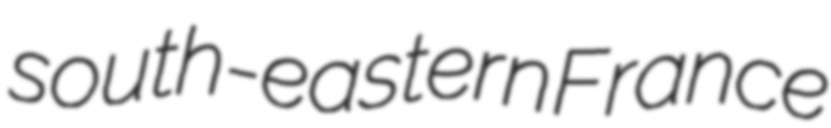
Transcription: south-eastern France